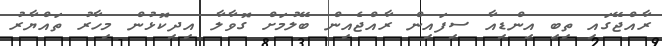
ރާއްޖޭގައި ތިބި އިންޑިއާ ސިފައިން ރާއްޖެއިން ބޭލުމަށް ގޮވާލާ އިދިކޮޅުން މިހާރު ތައްޔާރު